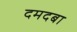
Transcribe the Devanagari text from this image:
दमदबा